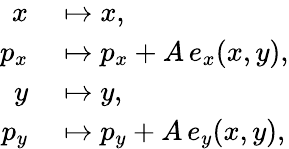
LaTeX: \begin{array}{rl}{x}&{{}\mapsto x,}\\ {p_{x}}&{{}\mapsto p_{x}+A\, e_{x}(x,y),}\\ {y}&{{}\mapsto y,}\\ {p_{y}}&{{}\mapsto p_{y}+A\, e_{y}(x,y),}\end{array}